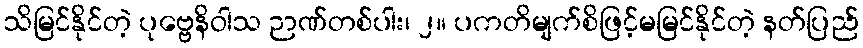
သိမြင်နိုင်တဲ့ ပုဗ္ဗေနိဝါသ ဉာဏ်တစ်ပါး၊ ၂။ ပကတိမျက်စိဖြင့်မမြင်နိုင်တဲ့ နတ်ပြည်